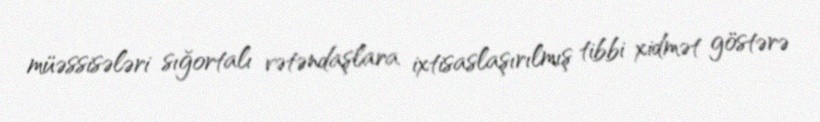
müəssisələri sığortalı vətəndaşlara ixtisaslaşırılmış tibbi xidmət göstərə